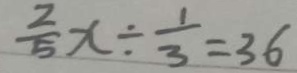
\frac { 2 } { 5 } x \div \frac { 1 } { 3 } = 3 6